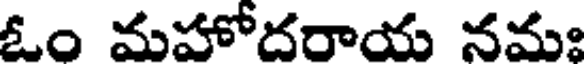
ఓం మహోదరాయ నమః